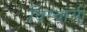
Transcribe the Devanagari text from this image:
विस्‍वांसी